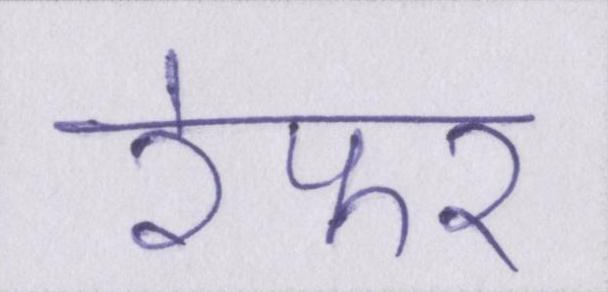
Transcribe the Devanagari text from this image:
रेफर